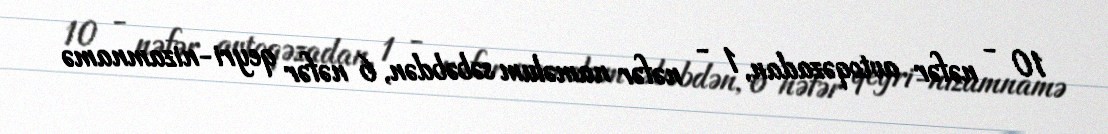
10 - nəfər avtoqəzadan, 1 - nəfər naməlum səbəbdən, 6 nəfər qeyri-nizamnamə